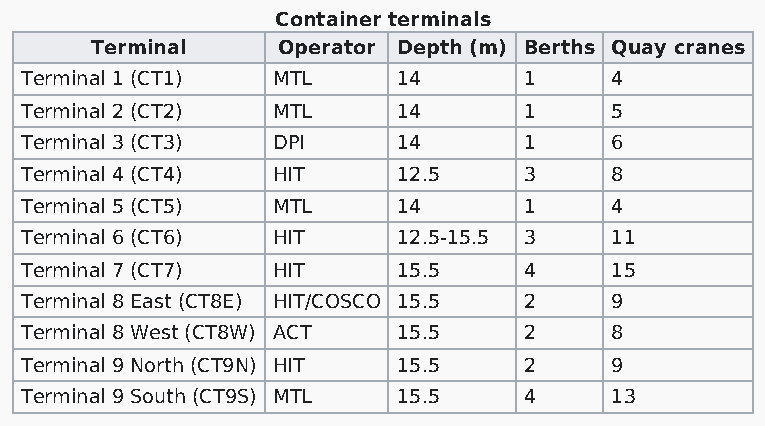
Container terminals
 Terminal    Operator Depth (m) Berths Quay cranes
 Terminal 1 (CT1) MTL     14       1    4
 Terminal 2 (CT2) MTL     14       1    5
 Terminal 3 (CT3) DPI     14       1    6
 Terminal 4 (CT4) HIT     12.5     3    8
 Terminal 5 (CT5) MTL     14       1    4
 Terminal 6 (CT6) HIT     12.5-15.5 3   11
 Terminal 7 (CT7) HIT     15.5     4    15
 Terminal 8 East (CT8E) HIT/COSCO 15.5 2 9
 Terminal 8 West (CT8W) ACT 15.5   2    8
 Terminal 9 North (CT9N) HIT 15.5  2    9
 Terminal 9 South (CT9S) MTL 15.5  4    13